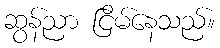
ဆွန်ညာ ငြိမ်နေသည်။